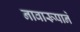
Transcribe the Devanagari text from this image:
नावारूपाने